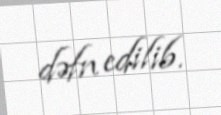
dəfn edilib.